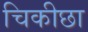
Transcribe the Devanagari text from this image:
चिकीछा